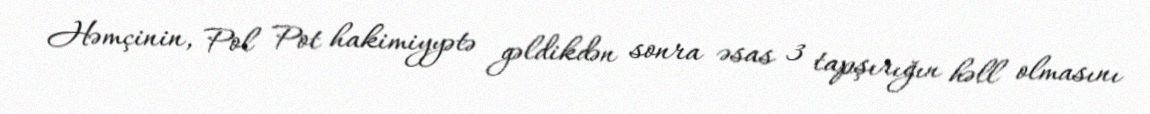
Həmçinin, Pol Pot hakimiyyətə gəldikdən sonra əsas 3 tapşırığın həll olmasını